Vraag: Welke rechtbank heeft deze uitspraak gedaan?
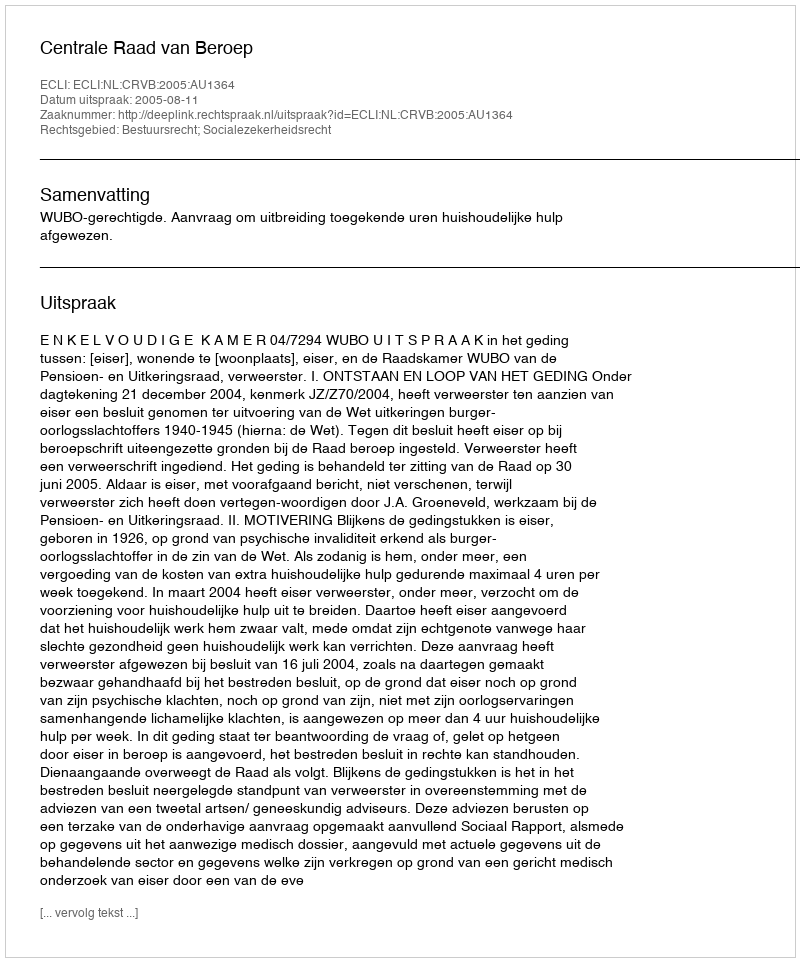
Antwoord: Centrale Raad van Beroep